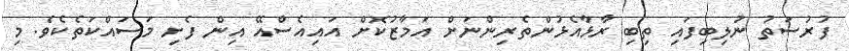
ފުރުސަތު ނުލިބިފައި ތިބި ރާޅާއެޅުންތެރިންނަށް އަމާޒުކޮށް އައިއެސްއޭ އިން ފެށި މަސައްކަތެކެވެ. މި